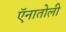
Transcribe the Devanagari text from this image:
ऍनातोली